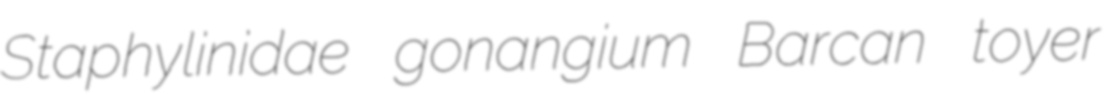
Staphylinidae gonangium Barcan toyer